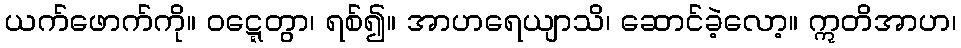
ယက်ဖောက်ကို။ ဝဋ္ဋေတွာ၊ ရစ်၍။ အာဟရေယျာသိ၊ ဆောင်ခဲ့လော့။ ဣတိအာဟ၊